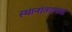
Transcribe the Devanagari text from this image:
स्थानांतराच्या